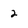
Character: 2